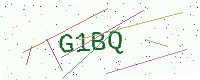
Text: G1BQ